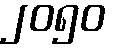
၂၀၅၀